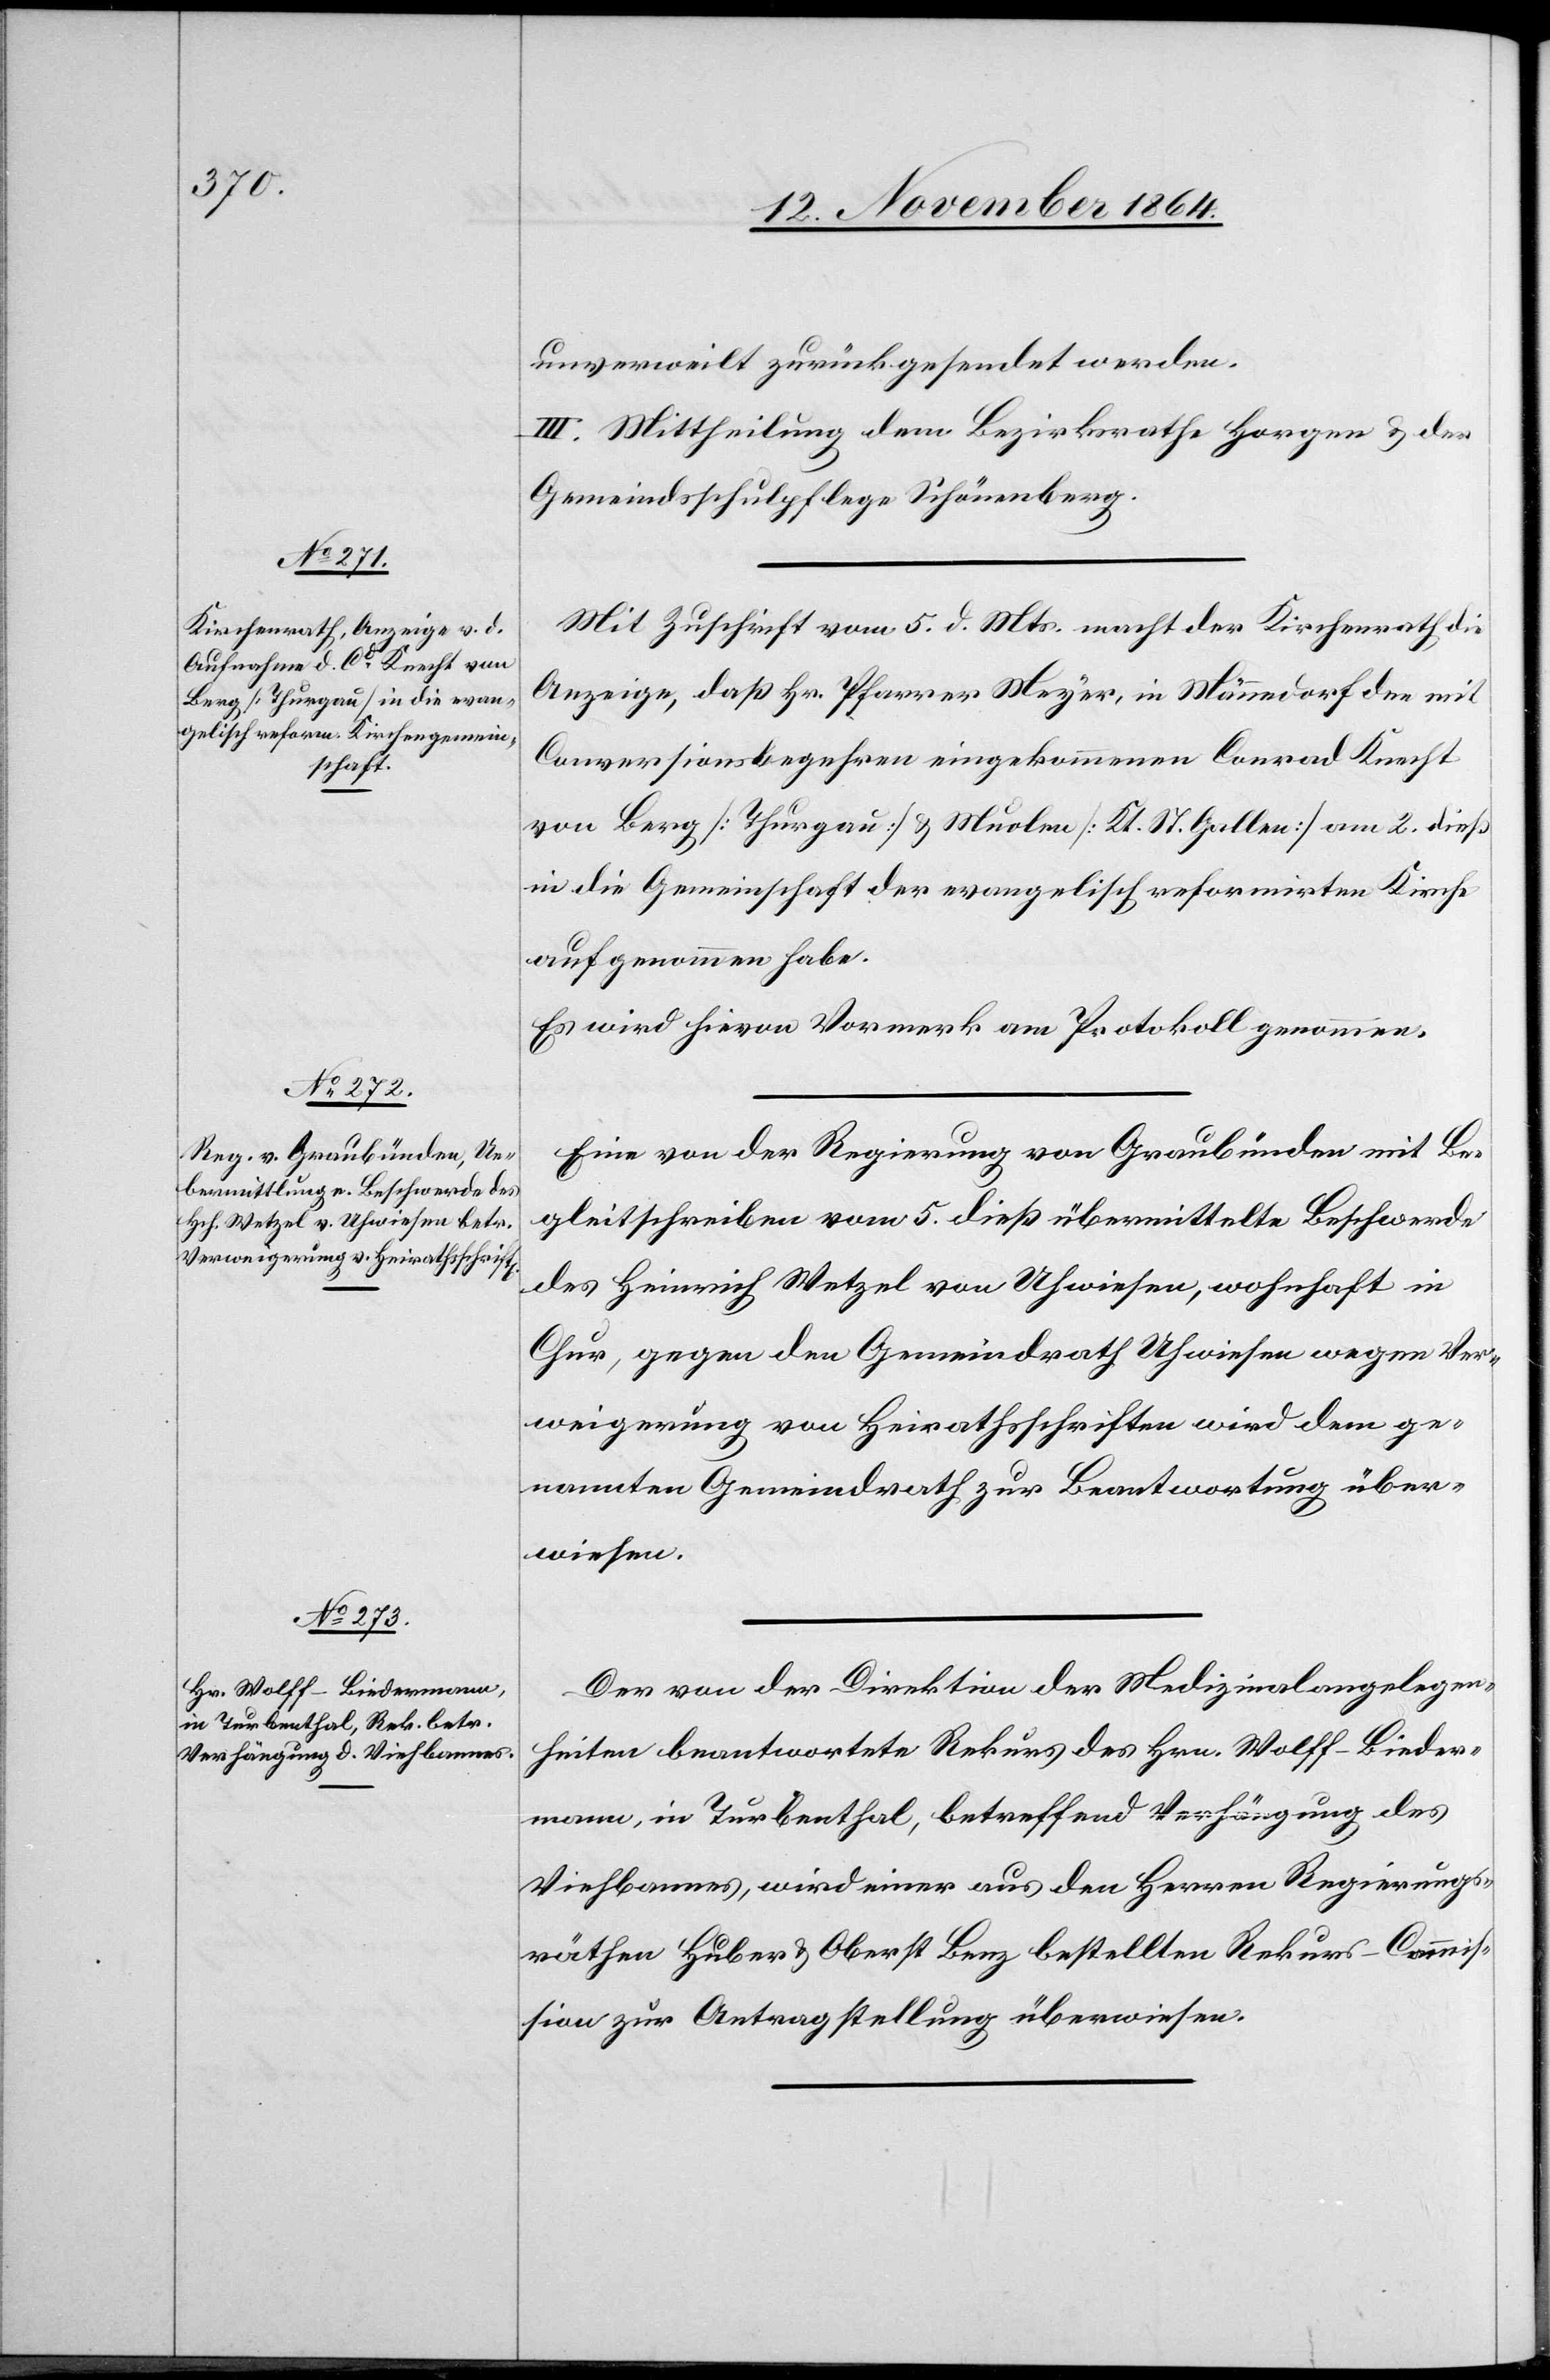
unverweilt zurückgesendet werden.
III. Mittheilung dem Bezirksrathe Horgen & der
Gemeindsschulpflege Schönenberg.
Mit Zuschrift vom 5. d. Mts. macht der Kirchenrath die
Anzeige, daß Hr. Pfarrer Meyer, in Männedorf den mit
Conversionsbegehren eingekommenen Conrad Knecht
von Berg [Thurgau] & Muolen [Kt. St. Gallen] am 2. dieß
in die Gemeinschaft der evangelisch reformirten Kirche
aufgenommen habe.
Es wird hievon Vormerk am Protokoll genommen.
Eine von der Regierung von Graubünden mit Be¬
gleitschreiben vom 5. dieß übermittelte Beschwerde
des Heinrich Wetzel von Uhwiesen, wohnhaft in
Chur, gegen den Gemeindrath Uhwiesen wegen Ver¬
weigerung von Heimathschriften wird dem ge¬
nannten Gemeindrath zur Beantwortung über¬
wiesen.
Der von der Direktion der Medizinalangelegen¬
heiten beantwortete Rekurs des Hrn. Wolff-Bieder¬
mann, in Turbenthal, betreffend Verhängung des
Viehbannes, wird einer aus den Herren Regierungs¬
räthen Huber & Oberst Benz bestellten Rekurs-Commis¬
sion zur Antragstellung überwiesen.